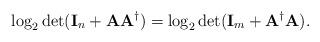
LaTeX: \begin{align*}\log_2\det(\mathbf{I}_{n}+\mathbf{A}\mathbf{A}^{\dagger})=\log_2\det(\mathbf{I}_{m}+\mathbf{A}^{\dagger}\mathbf{A}).\end{align*}